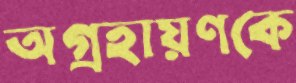
অগ্রহায়ণকে